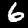
Digit: 6